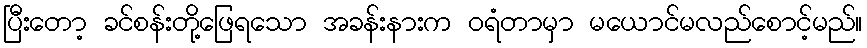
ပြီးတော့ ခင်စန်းတို့ဖြေရသော အခန်းနားက ဝရံတာမှာ မယောင်မလည်စောင့်မည်။